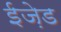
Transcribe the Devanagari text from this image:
ईज़ेड